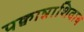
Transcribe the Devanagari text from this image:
पक्वान्नाशिवाय